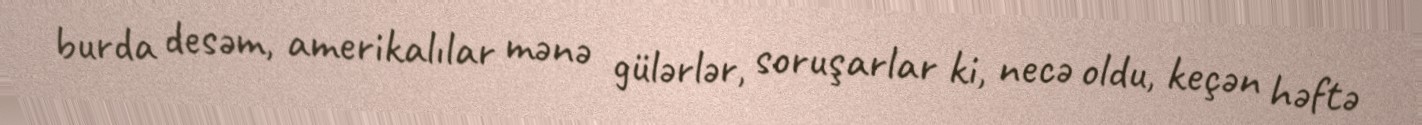
burda desəm, amerikalılar mənə gülərlər, soruşarlar ki, necə oldu, keçən həftə